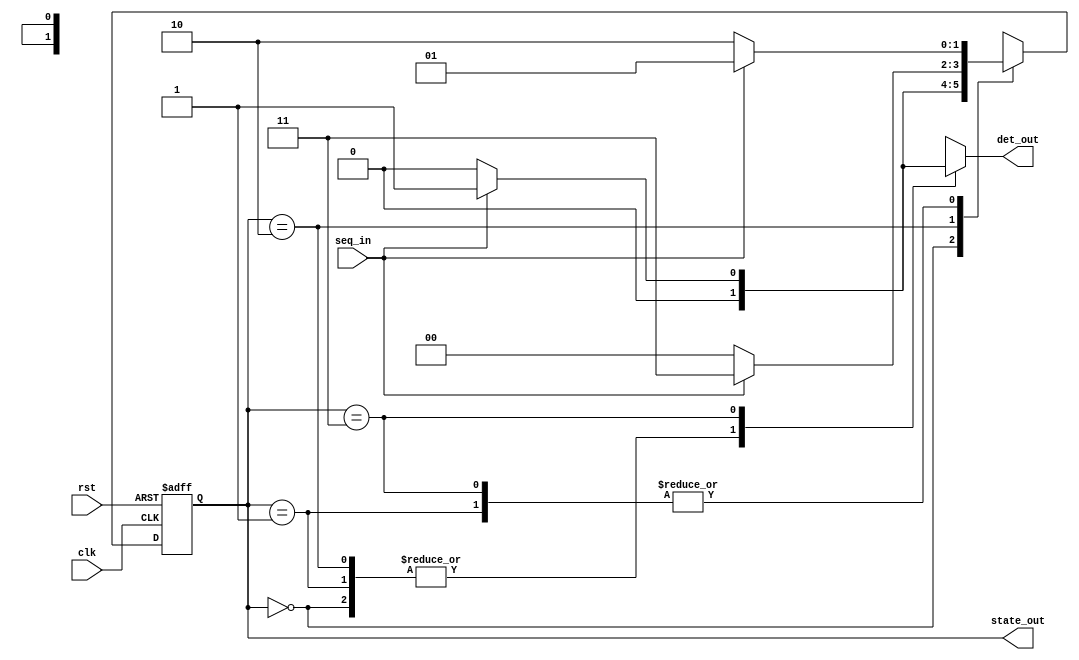
`timescale 1ns/100ps
//
// sequence detector for detecting 1011
// Mealy FSM
//
module sd_mealy(clk, rst, seq_in, det_out, state_out);
	input clk, rst, seq_in;
	output reg det_out;
	output [1:0] state_out;

	parameter  	
		s0=2'b00, 	// no valid seq
		s1=2'b01, 	// valid seq: 1 
		s2=2'b10, 	// valid seq: 10
		s3=2'b11; 	// valid seq: 101

	reg [1:0] CS, NS;
	// CS: current state
	// NS: next state

	assign state_out = CS;
	
	// sequential part of the Mealy FSM
	always @(posedge clk, posedge rst) begin
		#2
		if (rst==1) 
			CS = s0;
		else
			CS = NS;
	end 

	// combinational part of the Mealy FSM
	// determine the next state
	always @(CS, seq_in) begin
		#2
		case (CS) 
			s0:	NS = (seq_in==1) ? s1 : s0;
			s1:	NS = (seq_in==1) ? s1 : s2;
			s2:	NS = (seq_in==1) ? s3 : s0;
			s3:	NS = (seq_in==1) ? s1 : s2;
			default: NS = s0;
		endcase
	end

	// combinational part of the Mealy FSM
	// determine the detection output
	always @(CS, seq_in) begin 
		#2
		case (CS) 
			s0: det_out = 0;
			s1: det_out = 0;
			s2: det_out = 0;
			s3: det_out = (seq_in==1) ? 1 : 0;
			default: det_out = 0;
		endcase
	end 
endmodule